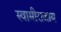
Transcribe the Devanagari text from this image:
स्वामीराजाय